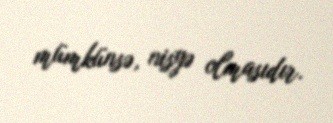
mümkünsə, nisyə olmasıdır.